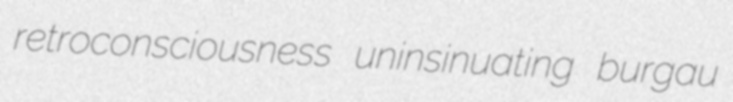
retroconsciousness uninsinuating burgau